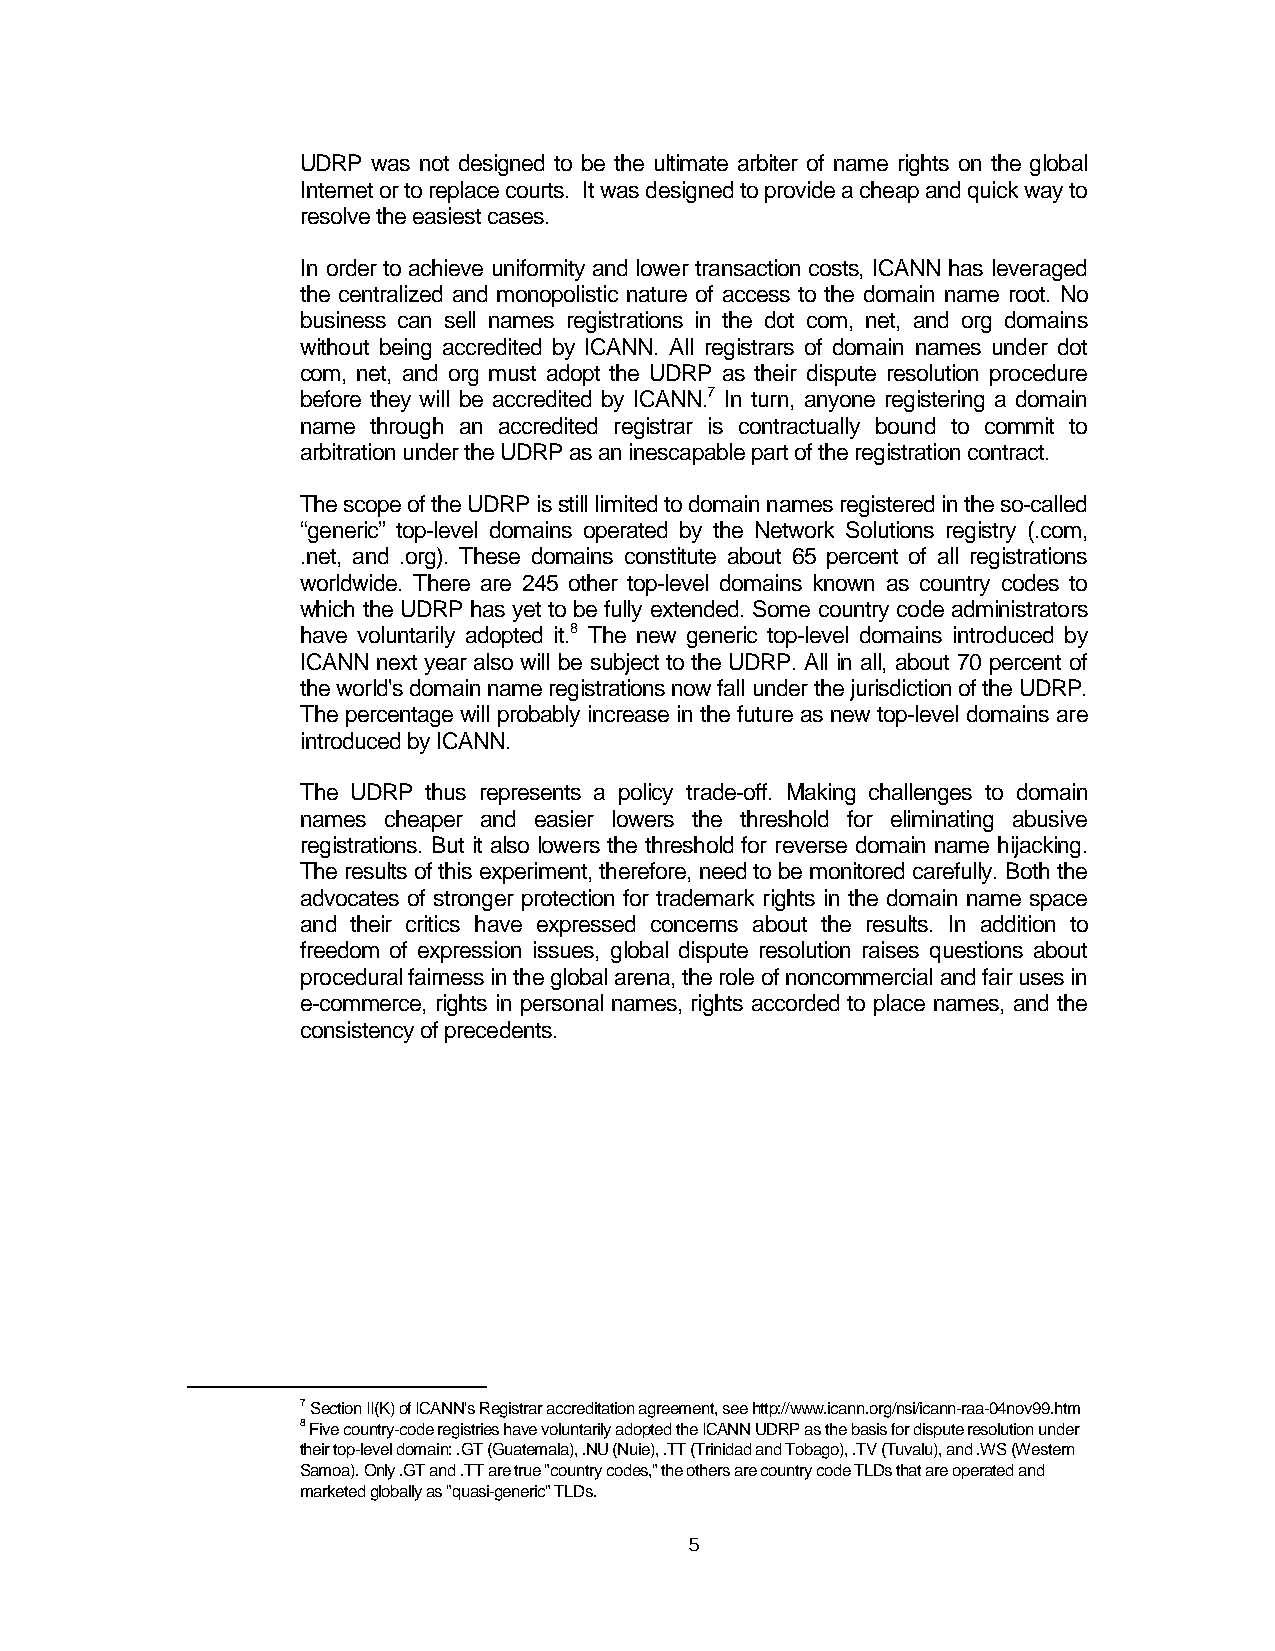
UDRP was not designed to be the ultimate arbiter of name rights on the global
 Internet or to replace courts. It was designed to provide a cheap and quick way to
 resolve the easiest cases.
 In order to achieve uniformity and lower transaction costs, ICANN has leveraged
 the centralized and monopolistic nature of access to the domain name root. No
 business can sell names registrations in the dot com, net, and org domains
 without being accredited by ICANN. All registrars of domain names under dot
 com, net, and org must adopt the UDRP as their dispute resolution procedure
 before they will be accredited by ICANN.7 In turn, anyone registering a domain
 name through an accredited registrar is contractually bound to commit to
 arbitration under the UDRP as an inescapable part of the registration contract.
 The scope of the UDRP is still limited to domain names registered in the so-called
 “generic” top-level domains operated by the Network Solutions registry (.com,
 .net, and .org). These domains constitute about 65 percent of all registrations
 worldwide. There are 245 other top-level domains known as country codes to
 which the UDRP has yet to be fully extended. Some country code administrators
 have voluntarily adopted it.8 The new generic top-level domains introduced by
 ICANN next year also will be subject to the UDRP. All in all, about 70 percent of
 the world's domain name registrations now fall under the jurisdiction of the UDRP.
 The percentage will probably increase in the future as new top-level domains are
 introduced by ICANN.
 The UDRP thus represents a policy trade-off. Making challenges to domain
 names cheaper and easier lowers the threshold for eliminating abusive
 registrations. But it also lowers the threshold for reverse domain name hijacking.
 The results of this experiment, therefore, need to be monitored carefully. Both the
 advocates of stronger protection for trademark rights in the domain name space
 and their critics have expressed concerns about the results. In addition to
 freedom of expression issues, global dispute resolution raises questions about
 procedural fairness in the global arena, the role of noncommercial and fair uses in
 e-commerce, rights in personal names, rights accorded to place names, and the
 consistency of precedents.
 7 Section II(K) of ICANN's Registrar accreditation agreement, see http://www.icann.org/nsi/icann-raa-04nov99.htm
 8 Five country-code registries have voluntarily adopted the ICANN UDRP as the basis for dispute resolution under
 their top-level domain: .GT (Guatemala), .NU (Nuie), .TT (Trinidad and Tobago), .TV (Tuvalu), and .WS (Western
 Samoa). Only .GT and .TT are true "country codes," the others are country code TLDs that are operated and
 marketed globally as "quasi-generic" TLDs.
 5